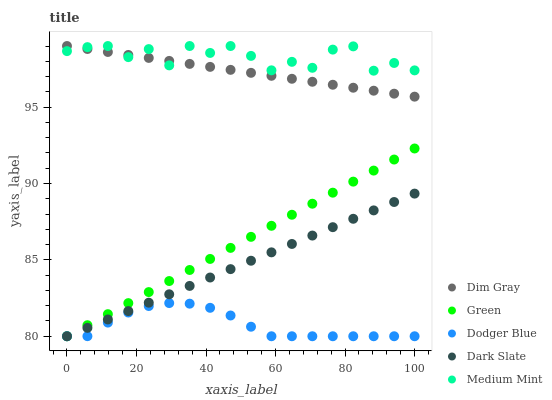
| xaxis_label | Dim Gray | Green | Dodger Blue | Dark Slate | Medium Mint |
 | --- | --- | --- | --- | --- | --- |
 | 0 | 99 | 80 | 80 | 80 | 98.7 |
 | 5.88 | 98.8 | 80.7 | 80 | 80.5 | 98.9 |
 | 11.8 | 98.6 | 81.4 | 80.9 | 81.1 | 99 |
 | 17.6 | 98.4 | 82.2 | 81.6 | 81.6 | 98.3 |
 | 23.5 | 98.2 | 82.9 | 82 | 82.2 | 98.8 |
 | 29.4 | 98 | 83.6 | 82.2 | 82.7 | 97.7 |
 | 35.3 | 97.8 | 84.3 | 82.1 | 83.3 | 99 |
 | 41.2 | 97.6 | 85.1 | 81.9 | 83.8 | 98.5 |
 | 47.1 | 97.4 | 85.8 | 81.4 | 84.4 | 99 |
 | 52.9 | 97.2 | 86.5 | 80.6 | 84.9 | 98.4 |
 | 58.8 | 97 | 87.2 | 80 | 85.5 | 97.4 |
 | 64.7 | 96.9 | 88 | 80 | 86 | 98 |
 | 70.6 | 96.7 | 88.7 | 80 | 86.6 | 97.6 |
 | 76.5 | 96.5 | 89.4 | 80 | 87.1 | 98.8 |
 | 82.4 | 96.3 | 90.1 | 80 | 87.7 | 99 |
 | 88.2 | 96.1 | 90.8 | 80 | 88.2 | 97.4 |
 | 94.1 | 95.9 | 91.6 | 80 | 88.8 | 97.9 |
 | 100 | 95.7 | 92.3 | 80 | 89.3 | 97.4 |